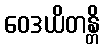
ဝေဒယိတန္တိ